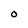
Character: O